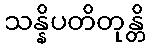
သန္နိပတိတုန္တိ